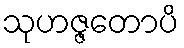
သုဟဇ္ဇတောပိ